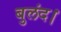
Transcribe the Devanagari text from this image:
बुलंद।